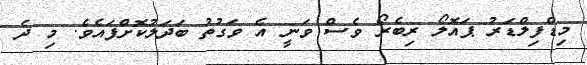
މިޑްފިލްޑަރު ޕައޮލޯ ރިބެރޯ ވެސް ވަނީ އެ ވަގުތު ބަދަލުކޮށްފައެވެ. މި ދެ